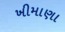
ખીમાણા